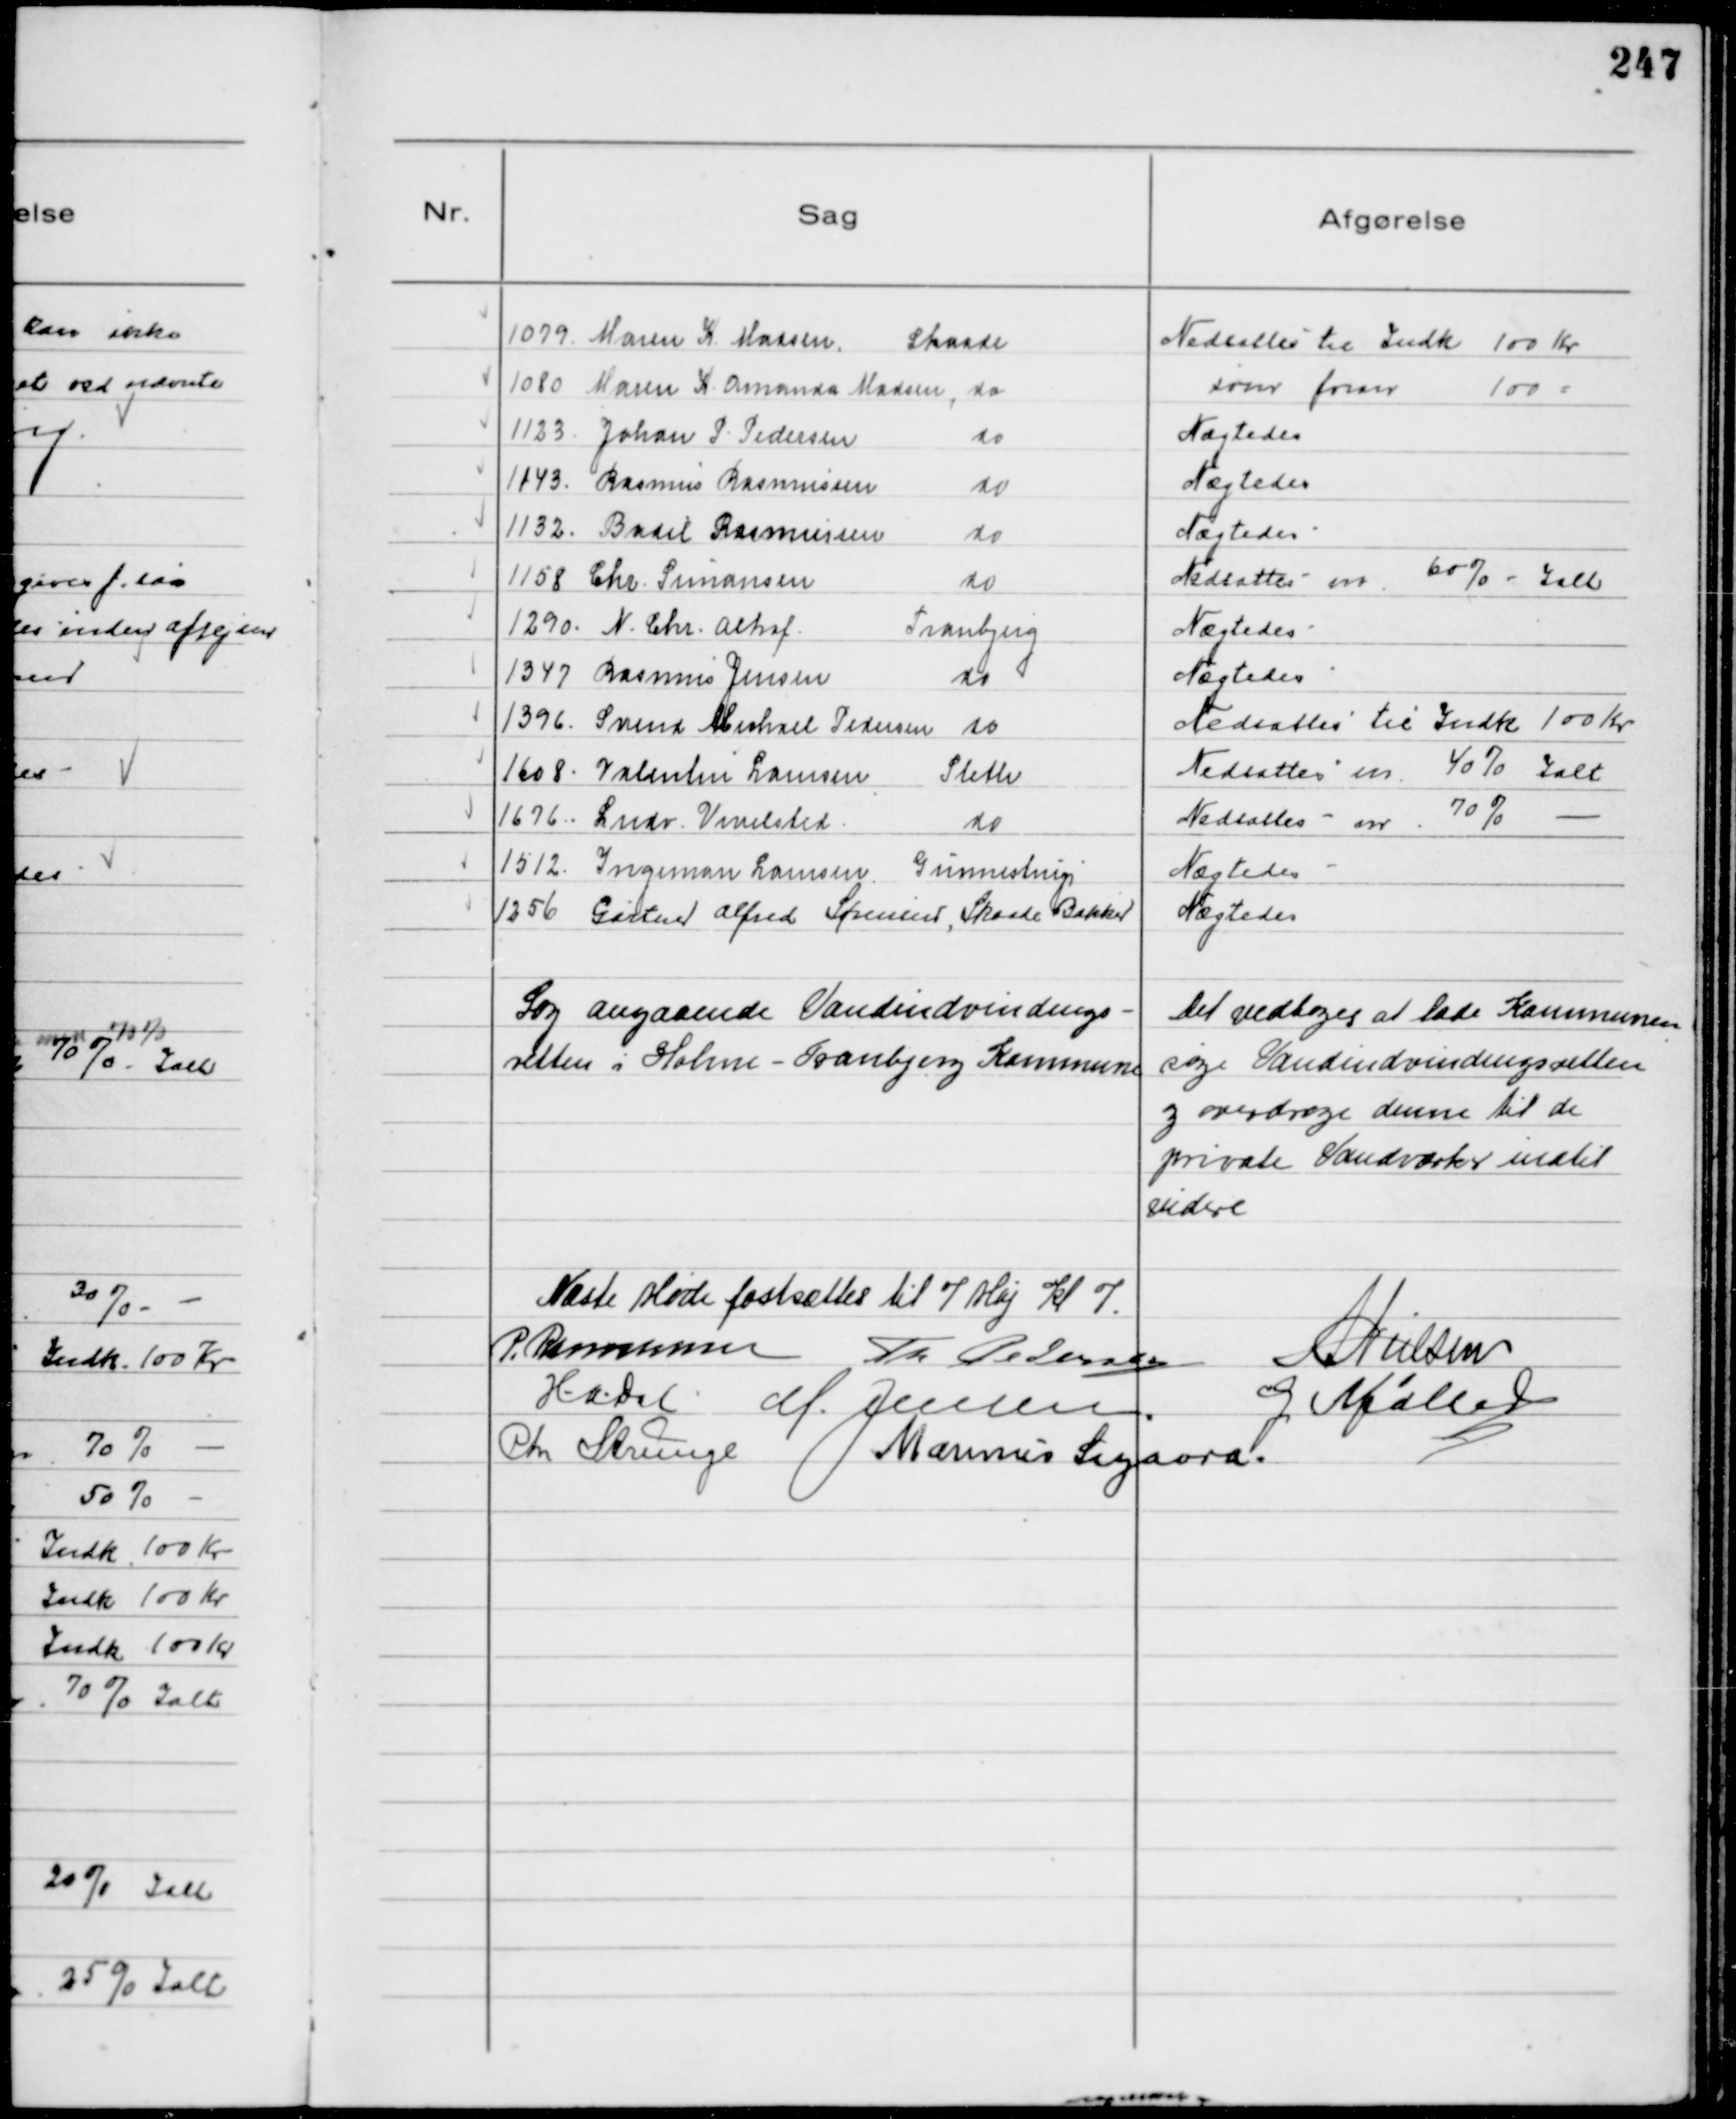
Transskription:
1079. Maren K. Madsen Skaade
Nedsattes til Indk. 100 Kr
1080 Maren K. Amanda Madsen, do
som foran 100 -
1123. Johan P. Pedersen do
Nægtedes
1143. Rasmus Rasmussen do
Nægtedes
1132. Bodil Rasmussen do
Nægtedes
1158 Chr. Simonsen do
Nedsattes m. 60% Ialt
1290 N. Chr. Alhof Tranbjerg
Nægtedes
1347 Rasmus Jensen do
Nægtedes
1396. Svend Michael Pedersen do
Nedsattes til Indk. 100 Kr
1608. Valentin Laursen Sleth
Nedsattes m. 40% Ialt
1676. Lndr. Vivelsted do
Nedsattes m. 70% -
1512. Ingeman Laursen, Gunnestrup
Nægtedes
1256 Gartner Alfred Sørensen, Skaade Bakker
Nægtedes

Sag angaaende Vandindvindings-
retten i Holme-Tranbjerg Kommune

Det vedtoges at lade Kommunen
søge Vandindvindingsretten
og overdrage denne til de
private Vandværker indtil
videre

Næste Møde fastsættes til 7 Maj Kl 7.
P. Rasmussen Th Pedersen NNielsen
HADal M. Jensen G Møller
Chr Strunge Marinus Sigaard